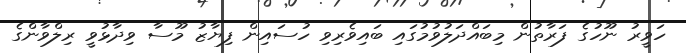
ހަވީރު ނޫހުގެ ފަރާތުން މިބައްދަލުވުމުގައި ބައިވެރިވި ހުސައިން ފިޔާޒު މޫސާ ވިދާޅުވީ ރިލްވާންގެ